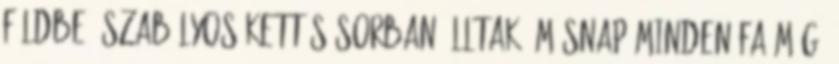
földbe. Szabályos kettős sorban álltak. Másnap minden fa mögé